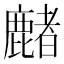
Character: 𪋑